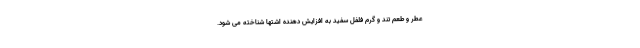
عطر و طعم تند و گرم فلفل سفید به افزایش دهنده اشتها شناخته می شود.